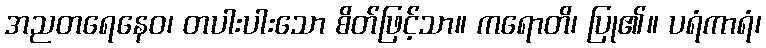
အညတရေနေဝ၊ တပါးပါးသော စိတ်ဖြင့်သာ။ ကရောတိ၊ ပြု၏။ ပရံကာရံ၊